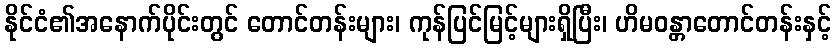
နိုင်ငံ၏အနောက်ပိုင်းတွင် တောင်တန်းများ၊ ကုန်ပြင်မြင့်များရှိပြီး၊ ဟိမဝန္တာတောင်တန်းနှင့်